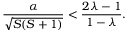
\frac { \alpha } { \sqrt { S ( S + 1 ) } } < \frac { 2 \lambda - 1 } { 1 - \lambda } .